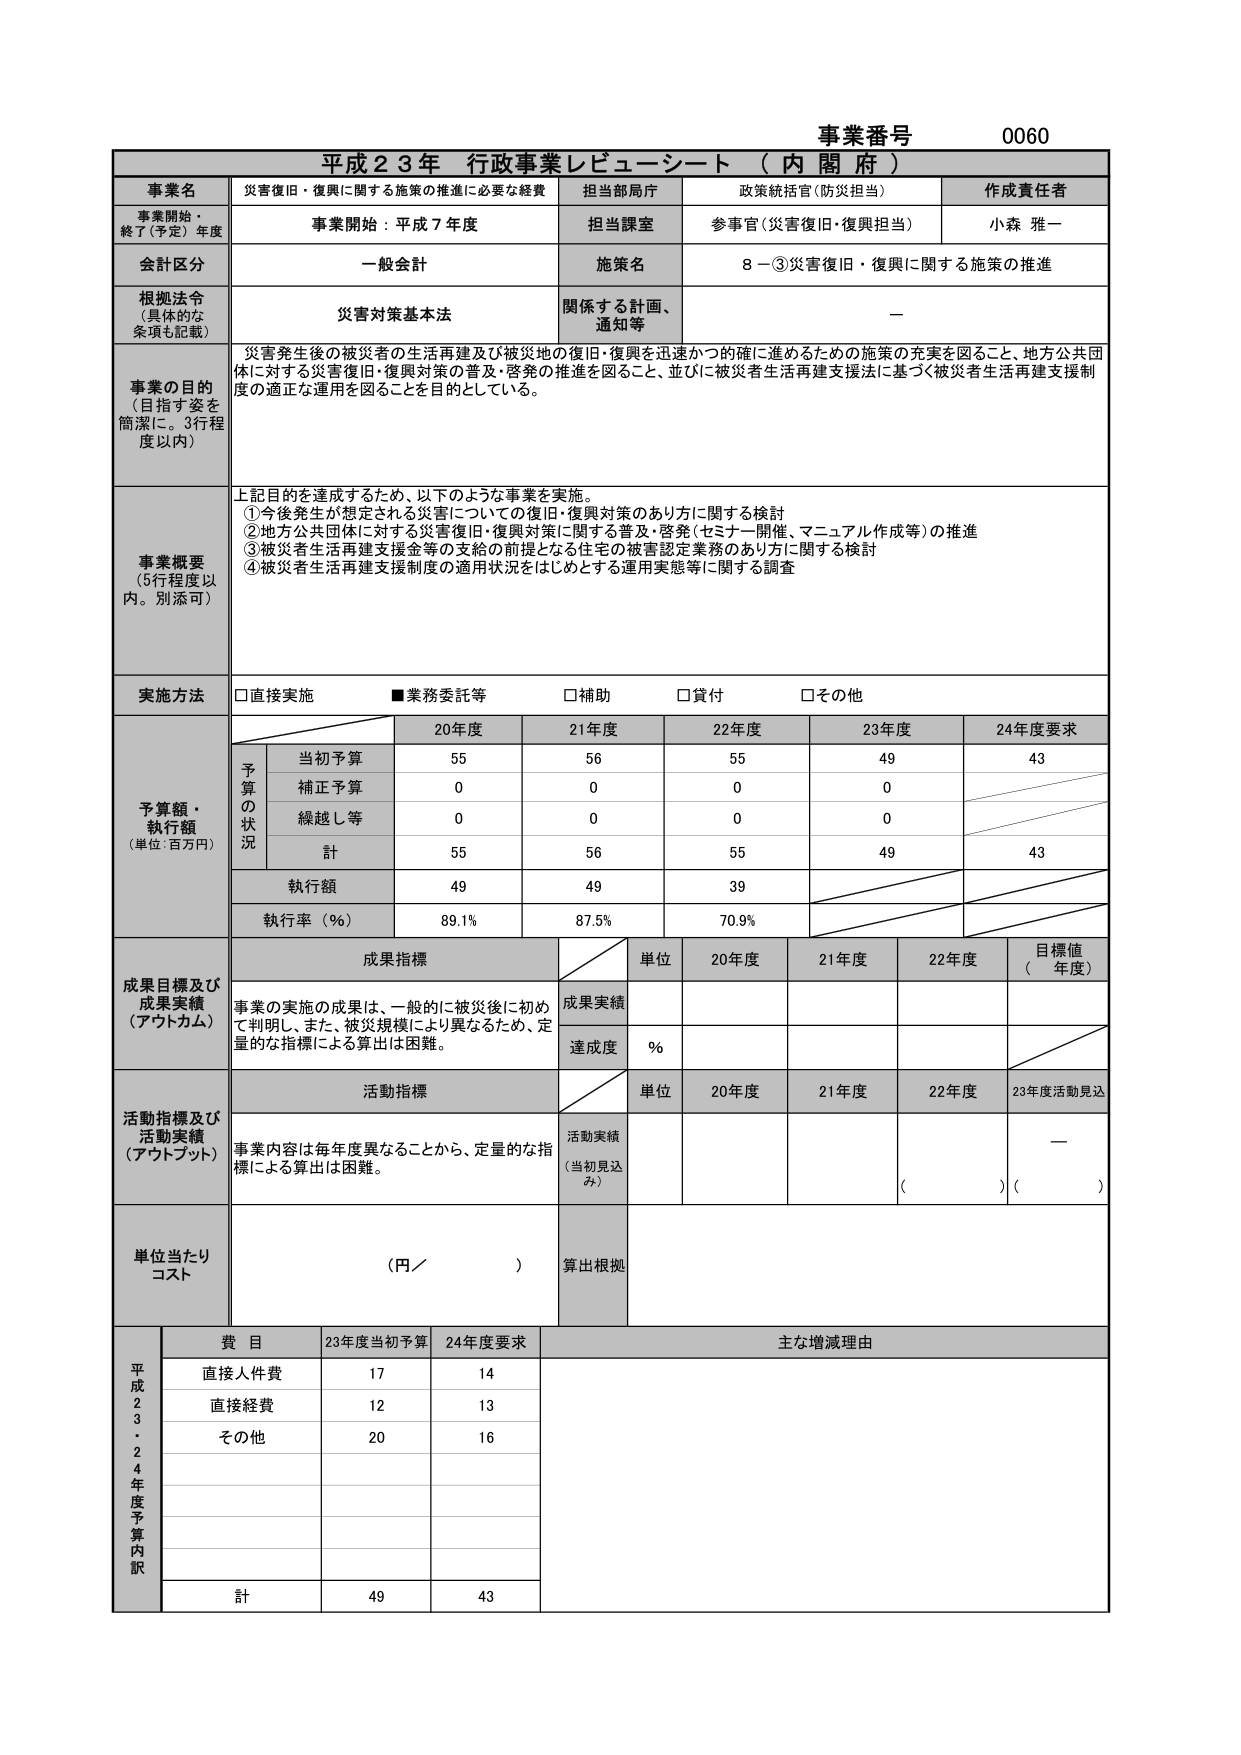
事業番号 0060
平成23年 行政事業レビュー・シート（内閣府）

事業名 災害復旧・復興に関する施策の推進に必要な経費
担当部局庁 政策統括官（防災担当）
作成責任者 小森 雅一

事業開始・終了（予定）年度 事業開始：平成7年度
担当課室 参事官（災害復旧・復興担当）

会計区分 一般会計
施策名 8－③災害復旧・復興に関する施策の推進

根拠法令（具体的な条項も記載） 災害対策基本法
関係する計画、通知等 —

事業の目的（目指す姿を簡潔に。3行程度以内）
災害発生後の被災者の生活再建及び被災地の復旧・復興を迅速かつ的確に進めるための施策の充実を図ること、地方公共団体に対する災害復旧・復興対策の普及・啓発の推進を図ること、並びに被災者生活再建支援法に基づく被災者生活再建支援制度の適正な運用を図ることを目的としている。

事業概要（5行程度以内。別添可）
上記目的を達成するため、以下のような事業を実施。
①今後発生が想定される災害についての復旧・復興対策のあり方に関する検討
②地方公共団体に対する災害復旧・復興対策に関する普及・啓発（セミナー開催、マニュアル作成等）の推進
③被災者生活再建支援金等の支給の前提となる住宅の被害認定業務のあり方に関する検討
④被災者生活再建支援制度の適用状況をはじめとする運用実態等に関する調査

実施方法 □直接実施 ■業務委託等 □補助 □貸付 □その他

予算額・執行額（単位：百万円）
予算の状況
20年度 21年度 22年度 23年度 24年度要求
当初予算 55 56 55 49 43
補正予算 0 0 0 0
繰越し等 0 0 0 0
計 55 56 55 49 43
執行額 49 49 39
執行率（％） 89.1% 87.5% 70.9%

成果目標及び成果実績（アウトカム）
成果指標
単位 20年度 21年度 22年度 目標値（年度）
事業の実施の成果は、一般的に被災後に初めて判明し、また、被災規模により異なるため、定量的な指標による算出は困難。
成果実績
達成度 ％

活動指標及び活動実績（アウトプット）
活動指標
単位 20年度 21年度 22年度 23年度活動見込
事業内容は毎年度異なることから、定量的な指標による算出は困難。
活動実績（当初見込み） —
（ ）（ ）

単位当たりコスト （円／ ）
算出根拠

平成23・24年度予算内訳
費目 23年度当初予算 24年度要求 主な増減理由
直接人件費 17 14
直接経費 12 13
その他 20 16
計 49 43